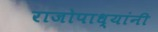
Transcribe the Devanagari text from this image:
राजोपाध्यांनी